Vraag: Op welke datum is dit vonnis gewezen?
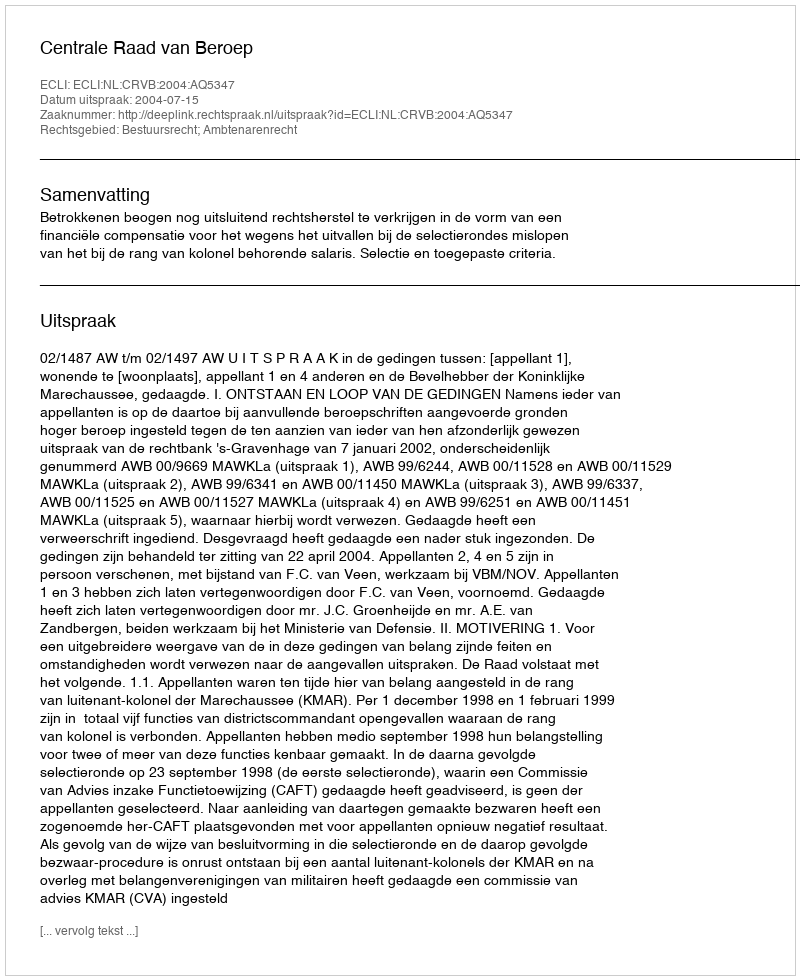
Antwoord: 2004-07-15